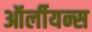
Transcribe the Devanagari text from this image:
ऑर्लीयन्स